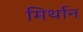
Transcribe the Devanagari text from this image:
मिर्थान